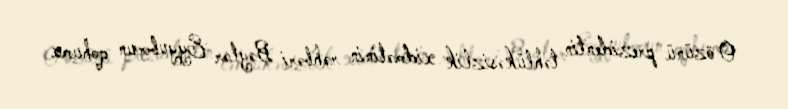
O özünü prezidentin təhlükəsizlik xidmətinin rəhbəri Bəylər Eyyubovun qohumu